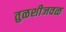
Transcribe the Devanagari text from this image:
तुळशीजवळ